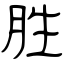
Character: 胜